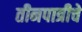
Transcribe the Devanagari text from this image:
तीनपात्रीचे